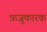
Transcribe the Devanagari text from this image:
ऋजुकारक